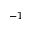
^ { - 1 }